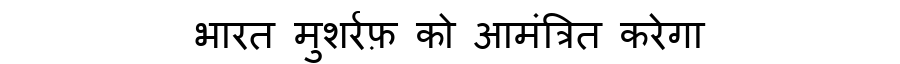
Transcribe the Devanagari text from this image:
भारत मुशर्रफ़ को आमंत्रित करेगा